Punjab Mental Hospital Lahore 1932-46 - 1932-1946
Year: 1932
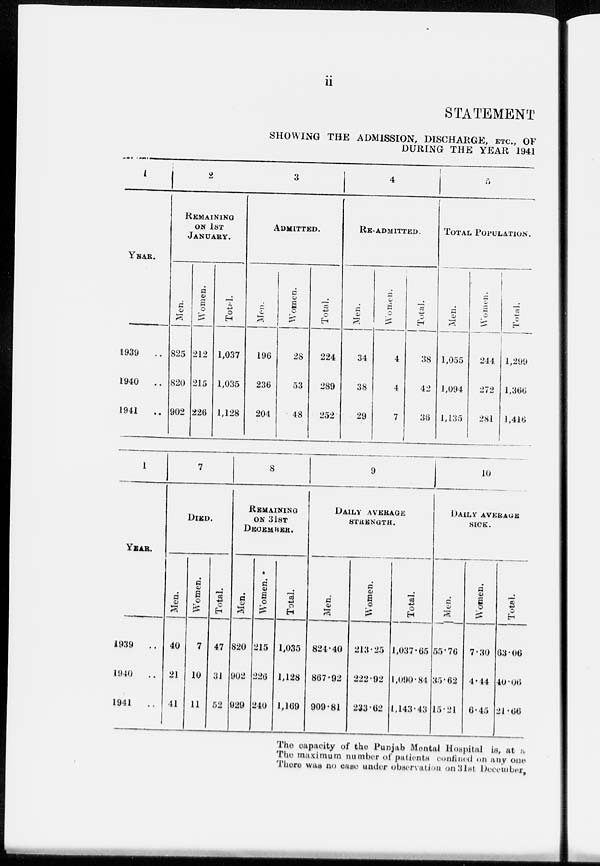
ii
STATEMENT
SHOWING THE ADMISSION, DISCHARGE, ETC., OF
DURING THE YEAR 1941
1
YEAR.
1939
..
1940
..
1941
..
2
REMAINING
ON 1ST
JANUARY.
Men.
825
820
902
Women.
212
215
226
Total.
1,037
1,035
1,128
3
ADMITTED.
Men.
196
236
204
Women.
28
53
48
Total.
224
289
252
4
RE-ADMITTED.
Men.
34
38
29
Women.
4
4
7
Total.
38
42
36
5
TOTAL POPULATION.
Men.
1,055
1,094
1,135
Women.
244
272
281
Total.
1,299
1,366
1,416
1
YEAR.
1939
..
1940 ..
1941 ..
7
DIED.
Men.
40
21
41
Women.
7
10
11
Total.
47
31
52
8
REMAINING
ON 1ST
DECEMBER.
Men.
820
902
929
Women.
215
226
240
Total.
1,035
1,128
1,169
9
DAILY AVERAGE
STRENGTH.
Men.
824.40
867.92
909.81
Women.
213.25
222.92
233.62
Total.
1,037.65
1,090.84
1,143.43
10
DAILY AVERAGE
SICK.
Men.
55.76
35.62
15.21
Women.
7.30
4.44
6.45
Total.
63.06
40.06
21.66
The capacity of the Punjab Mental Hospital is, at a
The maximum number of patients confined on any one
There was no case under observation on 31st December,